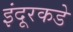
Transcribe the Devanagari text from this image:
इंदूरकडे